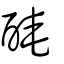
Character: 醃